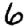
Digit: 6